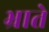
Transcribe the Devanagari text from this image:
भ्राते